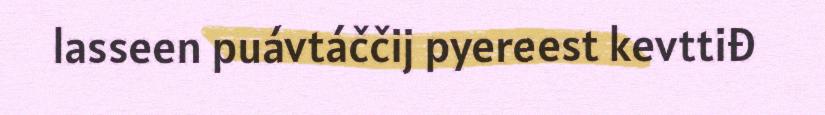
lasseen puávtáččij pyereest kevttiđ